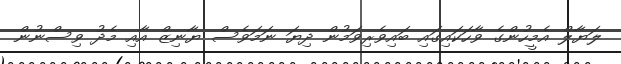
ލަޔާލް އެމީހުންގެ ވާހަކައިގައި ބައިވެރިވަމުން ދިޔަ ނަމަވެސް ޔާނިޒް އާއި މެދު ވިސްނުން